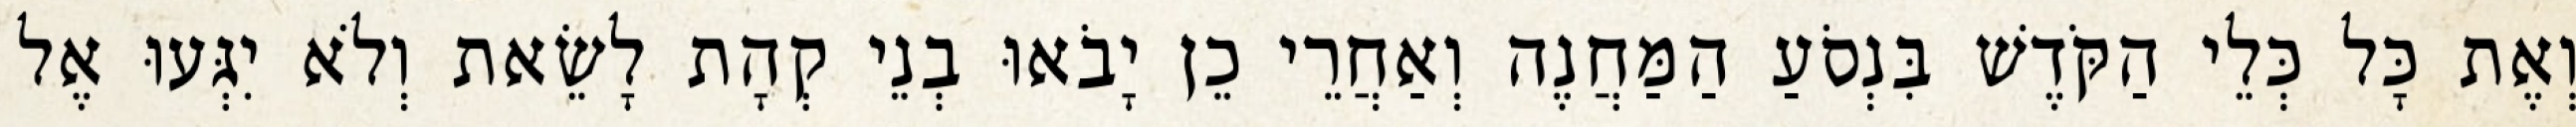
וְאֶת כָּל כְּלֵי הַקֹּדֶשׁ בִּנְסֹעַ הַמַּחֲנֶה וְאַחֲרֵי כֵן יָבֹאוּ בְנֵי קְהָת לָשֵׂאת וְלֹא יִגְּעוּ אֶל